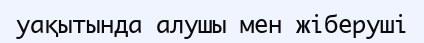
уақытында алушы мен жіберуші